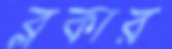
ব্লকার